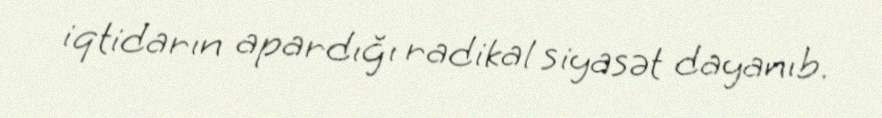
iqtidarın apardığı radikal siyasət dayanıb.